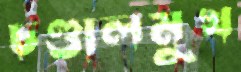
চণ্ডালমুখ